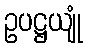
ဥပဋ္ဌယျုံ